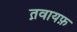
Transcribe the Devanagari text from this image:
त़वायफ़